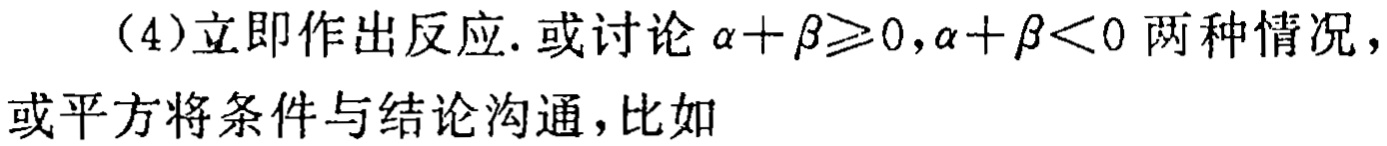
（4）立即作出反应. 或讨论 \(\alpha+\beta\geqslant0,\alpha+\beta<0\) 两种情况，或平方将条件与结论沟通，比如